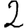
Digit: 2